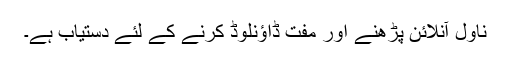
ناول آنلائن پڑھنے اور مفت ڈاؤنلوڈ کرنے کے لئے دستیاب ہے۔